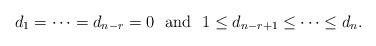
LaTeX: \begin{align*}d_1=\dots =d_{n-r}=0 \mbox{ \ and \ } 1\leq d_{n-r+1}\leq\dots\leq d_n.\end{align*}